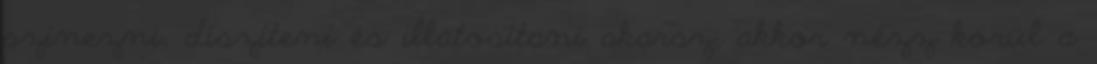
színezni, díszíteni és illatosítani akarsz, akkor nézz körül a